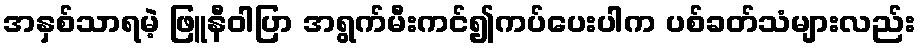
အနှစ်သာရမဲ့ ဖြူနီဝါပြာ အရွက်မီးကင်၍ကပ်ပေးပါက ပစ်ခတ်သံများလည်း